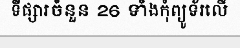
ទីផ្សារចំនួន 26 ទាំងកុំព្យូទ័រលើ